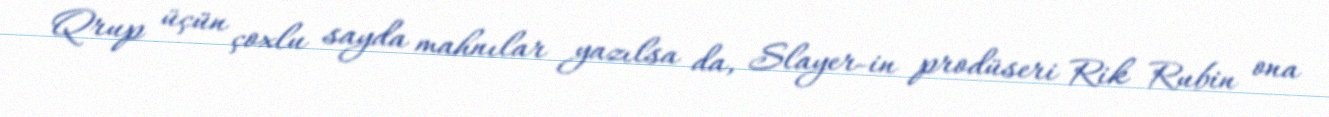
Qrup üçün çoxlu sayda mahnılar yazılsa da, Slayer-in prodüseri Rik Rubin ona